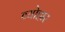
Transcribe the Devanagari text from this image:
व्योहार